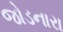
જોડનારા